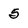
Character: 5